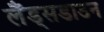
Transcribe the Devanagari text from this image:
लैंड्सडाउन